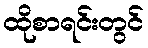
ထိုစာရင်းတွင်